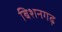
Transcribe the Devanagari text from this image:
बिशनगढ़